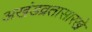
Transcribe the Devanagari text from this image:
अखंडव्रतासारखे